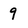
Character: 9